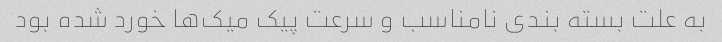
به علت بسته بندی نامناسب و سرعت پیک میک‌ها خورد شده بود